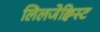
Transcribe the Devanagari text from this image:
लिलजेक्विस्ट